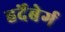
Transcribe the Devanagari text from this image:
हर्देंबेर्ग